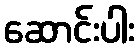
ဆောင်းပါး